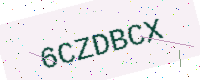
Text: 6CZDBCX